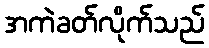
အကဲခတ်လိုက်သည်